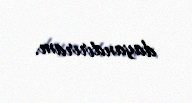
dayandırıram.